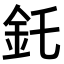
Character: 𫒇